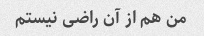
من هم از آن راضی نیستم